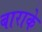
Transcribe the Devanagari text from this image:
बाराके